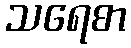
သရေစာ